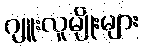
ဂျူးလူမျိုးများ